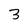
Character: 3